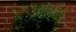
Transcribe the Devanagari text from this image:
प्रॉहिबिटेड